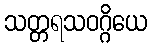
သတ္တရသဝဂ္ဂိယေ